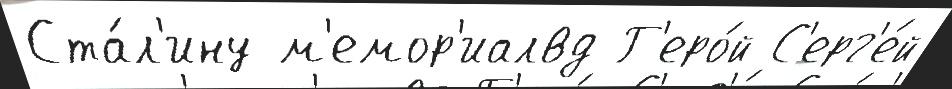
Ста́л'ину м'емор'иалвд Г'еро́й С'ерг'е́й